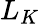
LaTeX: L_{K}